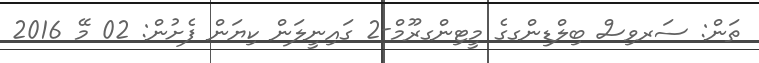
ތަން: ސަރވިސް ބިލްޑިންގގެ މީޓިންގރޫމް-2 ގައިނީލަން ކިޔަން ފެށުން: 02 މޭ 2016